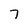
Character: 7